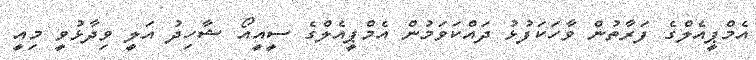
އެމްޕީއެލްގެ ފަރާތުން ވާހަކަފުޅު ދައްކަވަމުން އެމްޕީއެލްގެ ސީއީއޯ ޝާހިދު އަލީ ވިދާޅުވީ މިއީ